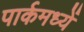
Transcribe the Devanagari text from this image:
पार्कमध्यें